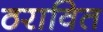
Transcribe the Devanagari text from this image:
ठरावित